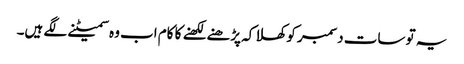
یہ تو سات دسمبر کو کھلا کہ پڑھنے لکھنے کا کام اب وہ سمیٹنے لگے ہیں۔